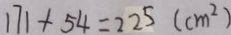
1 7 1 + 5 4 = 2 2 5 ( c m ^ { 2 } )